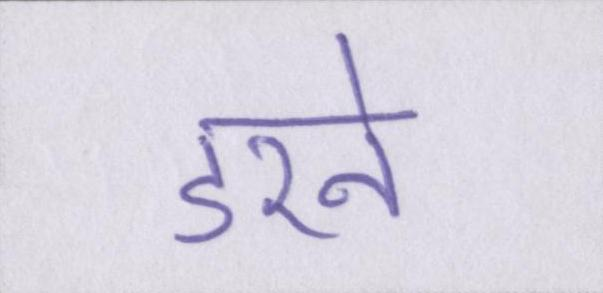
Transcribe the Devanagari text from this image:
डरने